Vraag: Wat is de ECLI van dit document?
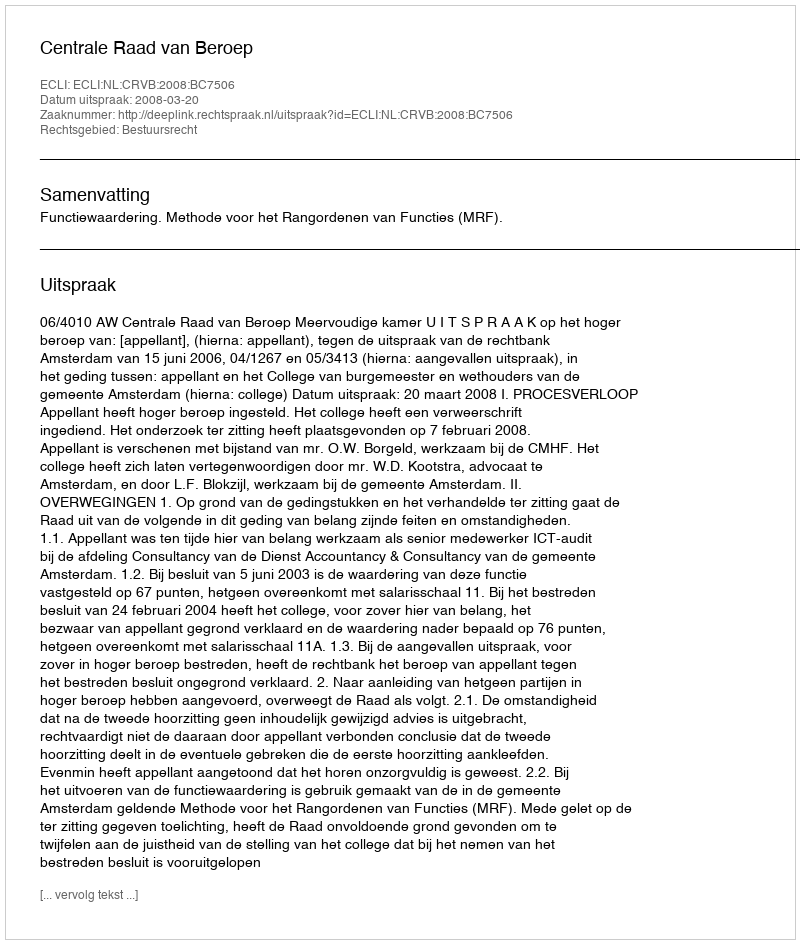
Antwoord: ECLI:NL:CRVB:2008:BC7506